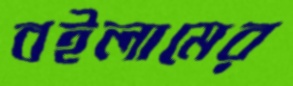
বইলামের